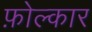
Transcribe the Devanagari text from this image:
फ़ोल्कार